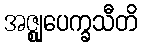
အဇ္ဈုပေက္ခသီတိ